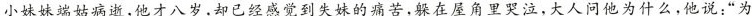
小妹妹端姑病逝,他才八岁,却已经感觉到失妹的痛苦,躲在屋角里哭泣,大人问他为什么,他说:“为